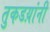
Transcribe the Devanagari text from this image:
तुकडय़ांनी